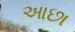
આછા